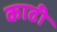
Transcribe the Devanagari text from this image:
काढी